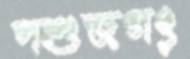
পশুজগৎ